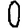
Digit: 0